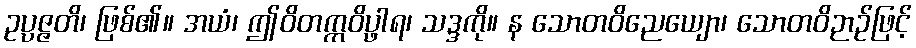
ဥပ္ပဇ္ဇတိ၊ ဖြစ်၏။ အယံ၊ ဤဝိတက္ကဝိပ္ဖာရ၊ သဒ္ဒကို။ န သောတဝိညေယျော၊ သောတဝိဉာဉ်ဖြင့်